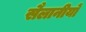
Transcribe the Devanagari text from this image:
सैलानीयों